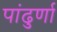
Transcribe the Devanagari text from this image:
पांढुर्णा